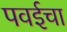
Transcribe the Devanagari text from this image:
पवईचा